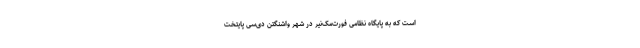
است که به پایگاه نظامی فورت‌مک‌نِیر در شهر واشنگتن‌ دی‌سی پایتخت